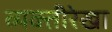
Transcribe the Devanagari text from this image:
व्यक्तीरेखा